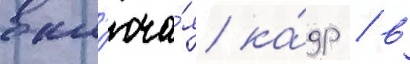
вкл'юча́я ка́др / в